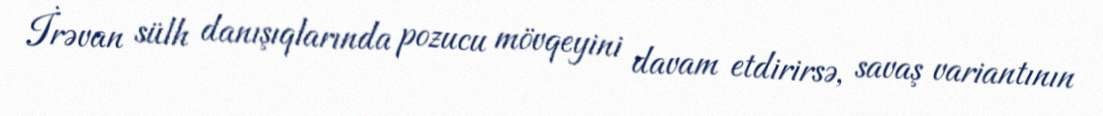
İrəvan sülh danışıqlarında pozucu mövqeyini davam etdirirsə, savaş variantının